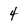
Character: 4